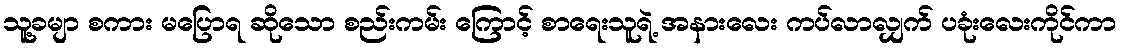
သူ့ခမျာ စကား မပြောရ ဆိုသော စည်းကမ်း ကြောင့် စာရေးသူရဲ့ အနားလေး ကပ်လာလျှက် ပခုံးလေးကိုင်ကာ